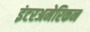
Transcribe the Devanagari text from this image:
इंटरअमेरिकन